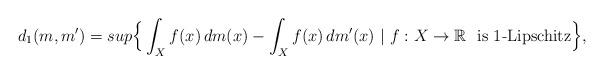
LaTeX: \begin{align*}d_1(m,m')=sup\Big\{\int_X f(x)\,dm(x)-\int_X f(x)\,dm'(x) \ |\ f:X\rightarrow\mathbb{R} \ \ \mbox{is 1-Lipschitz}\Big\}, \end{align*}